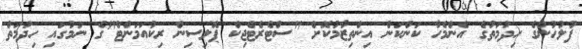
ފުލުހުންގެ ހިދުމަތުގެ އެންމެހާ ކަންކަން އިންތިޒާމުކޮށް "ސްޓެރެޓެޖިކް ޕޮލިސިން ރިކުއަމަންޓް"ގެ ނަމުގައި ހިދުމަތް